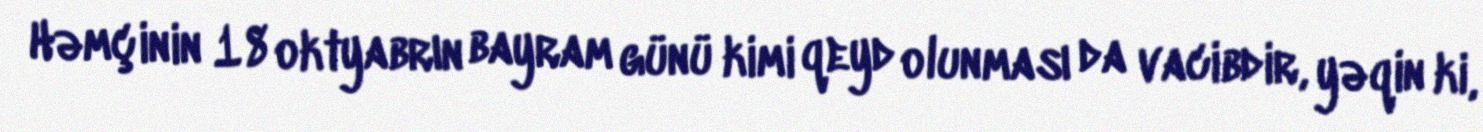
Həmçinin 18 oktyabrın bayram günü kimi qeyd olunması da vacibdir, yəqin ki,